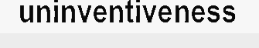
uninventiveness